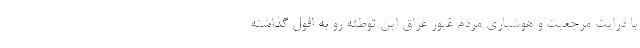
با درایت مرجعیت و هوشیاری مردم غیور عراق این توطئه رو به افول گذاشته